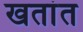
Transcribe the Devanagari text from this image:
खतांत